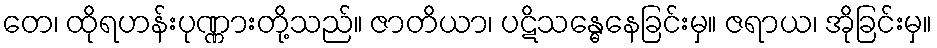
တေ၊ ထိုရဟန်းပုဏ္ဏားတို့သည်။ ဇာတိယာ၊ ပဋိသန္ဓေနေခြင်းမှ။ ဇရာယ၊ အိုခြင်းမှ။